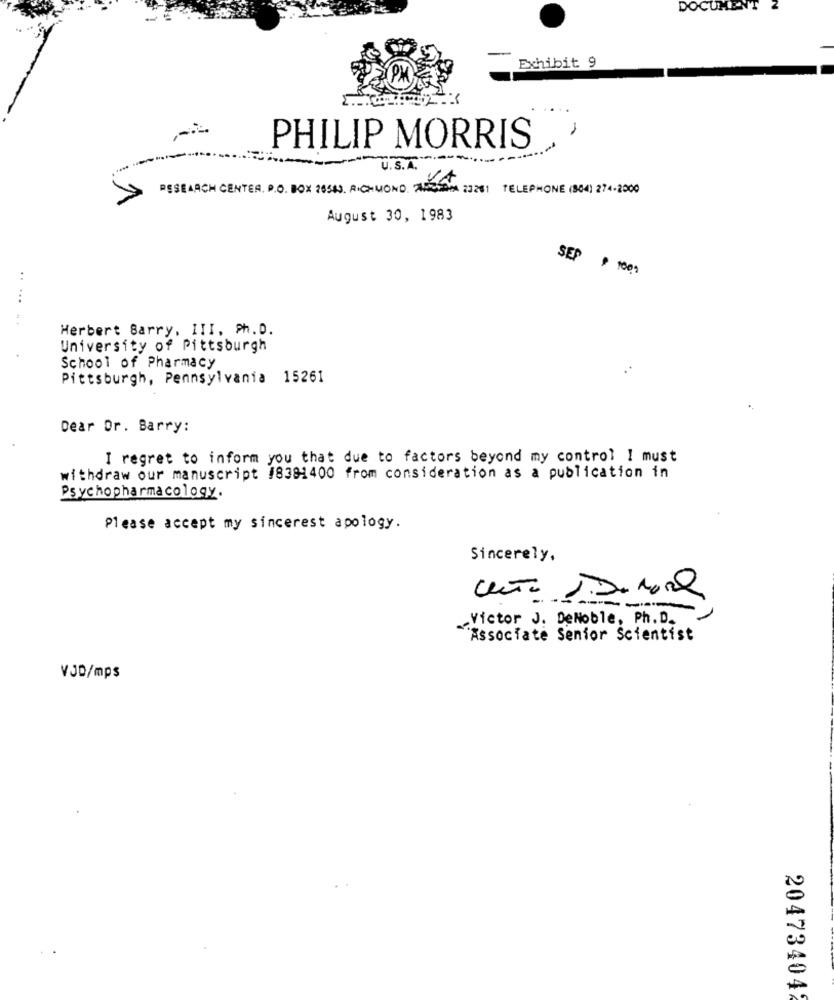
DOCUMENT Z
Exhibit 9
PHILIP MORRIS
----
U.S.A.
VA
RESEARCH CENTER. P.O. BOX 26563. RICHMOND. 72010 23201 TELEPHONE (964) 274-2000
August 30, 1983
SEP , 1001
::
...
. .
Herbert Barry, III, Ph.D.
University of Pittsburgh
School of Pharmacy
Pittsburgh, Pennsylvania 15261
Dear Or. Barry:
I regret to inform you that due to factors beyond my control I must
withdraw our manuscript 18381400 from consideration as a publication in
Psychopharmacology.
Please accept my sincerest apology.
Sincerely,
1.
Victor J. DeNoble, Ph. D.
Associate Senior Scientist
VJD/mps
20473404